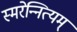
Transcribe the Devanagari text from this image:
स्मरेन्‍नित्यम्‌